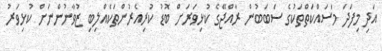
އަދި މިފަދަ މަސައްކަތްތަކުގެ ސަބަބުން ރާއްޖޭގެ ކުޅިވަރަށް ބޮޑު ކުރިއެރުންތަކެއްލިބި ޒުވާނުންނަށް ކުޅިވަރު